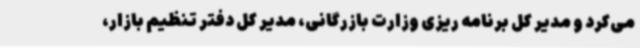
می‌کرد و مدیر کل برنامه ریزی وزارت بازرگانی، مدیر کل دفتر تنظیم بازار،